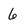
Character: 6